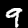
Digit: 9